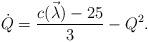
LaTeX: \begin{align*}\dot Q = {{c(\vec\lambda)-25}\over3} - Q^2.\end{align*}